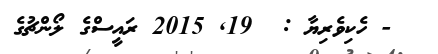
- ހެކިވެރިޔާ :  19